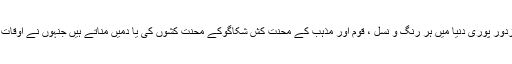
مقررین نے اپنے خیالات کا اظہار کرتے ہوئے کہا کہ یوم مزدور پوری دنیا میں ہر رنگ و نسل ، قوم اور مذہب کے محنت کش شکاگوکے محنت کشوں کی یا دمیں مناتے ہیں جنہوں نے اوقات کار میں کمی کے لیے جدوجہد کی اور اپنی جانیں قربان کیں۔